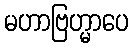
မဟာဗြဟ္မာပေ